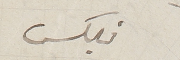
فليكس